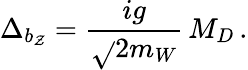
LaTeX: \Delta_{b_{\mathcal{Z}}}=\frac{{ig}}{{\sqrt{}{{2}}m_{W}}}\, M_{D}\, .